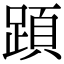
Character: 𨂠